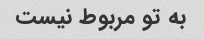
به تو مربوط نیست